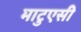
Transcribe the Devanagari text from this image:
माटुएसी